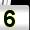
Digit: 5